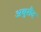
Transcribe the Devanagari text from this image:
अबुसैद